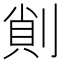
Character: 𠝿